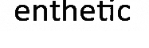
enthetic